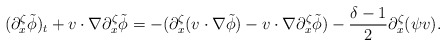
\begin{align*}(\partial^\zeta_x \tilde{\phi})_t+v\cdot \nabla \partial^\zeta_x \tilde{\phi}=-(\partial^\zeta_x (v\cdot \nabla \tilde{\phi})-v\cdot \nabla \partial^\zeta_x \tilde{\phi})-\frac{\delta-1}{2} \partial^\zeta_x (\psi v).\end{align*}